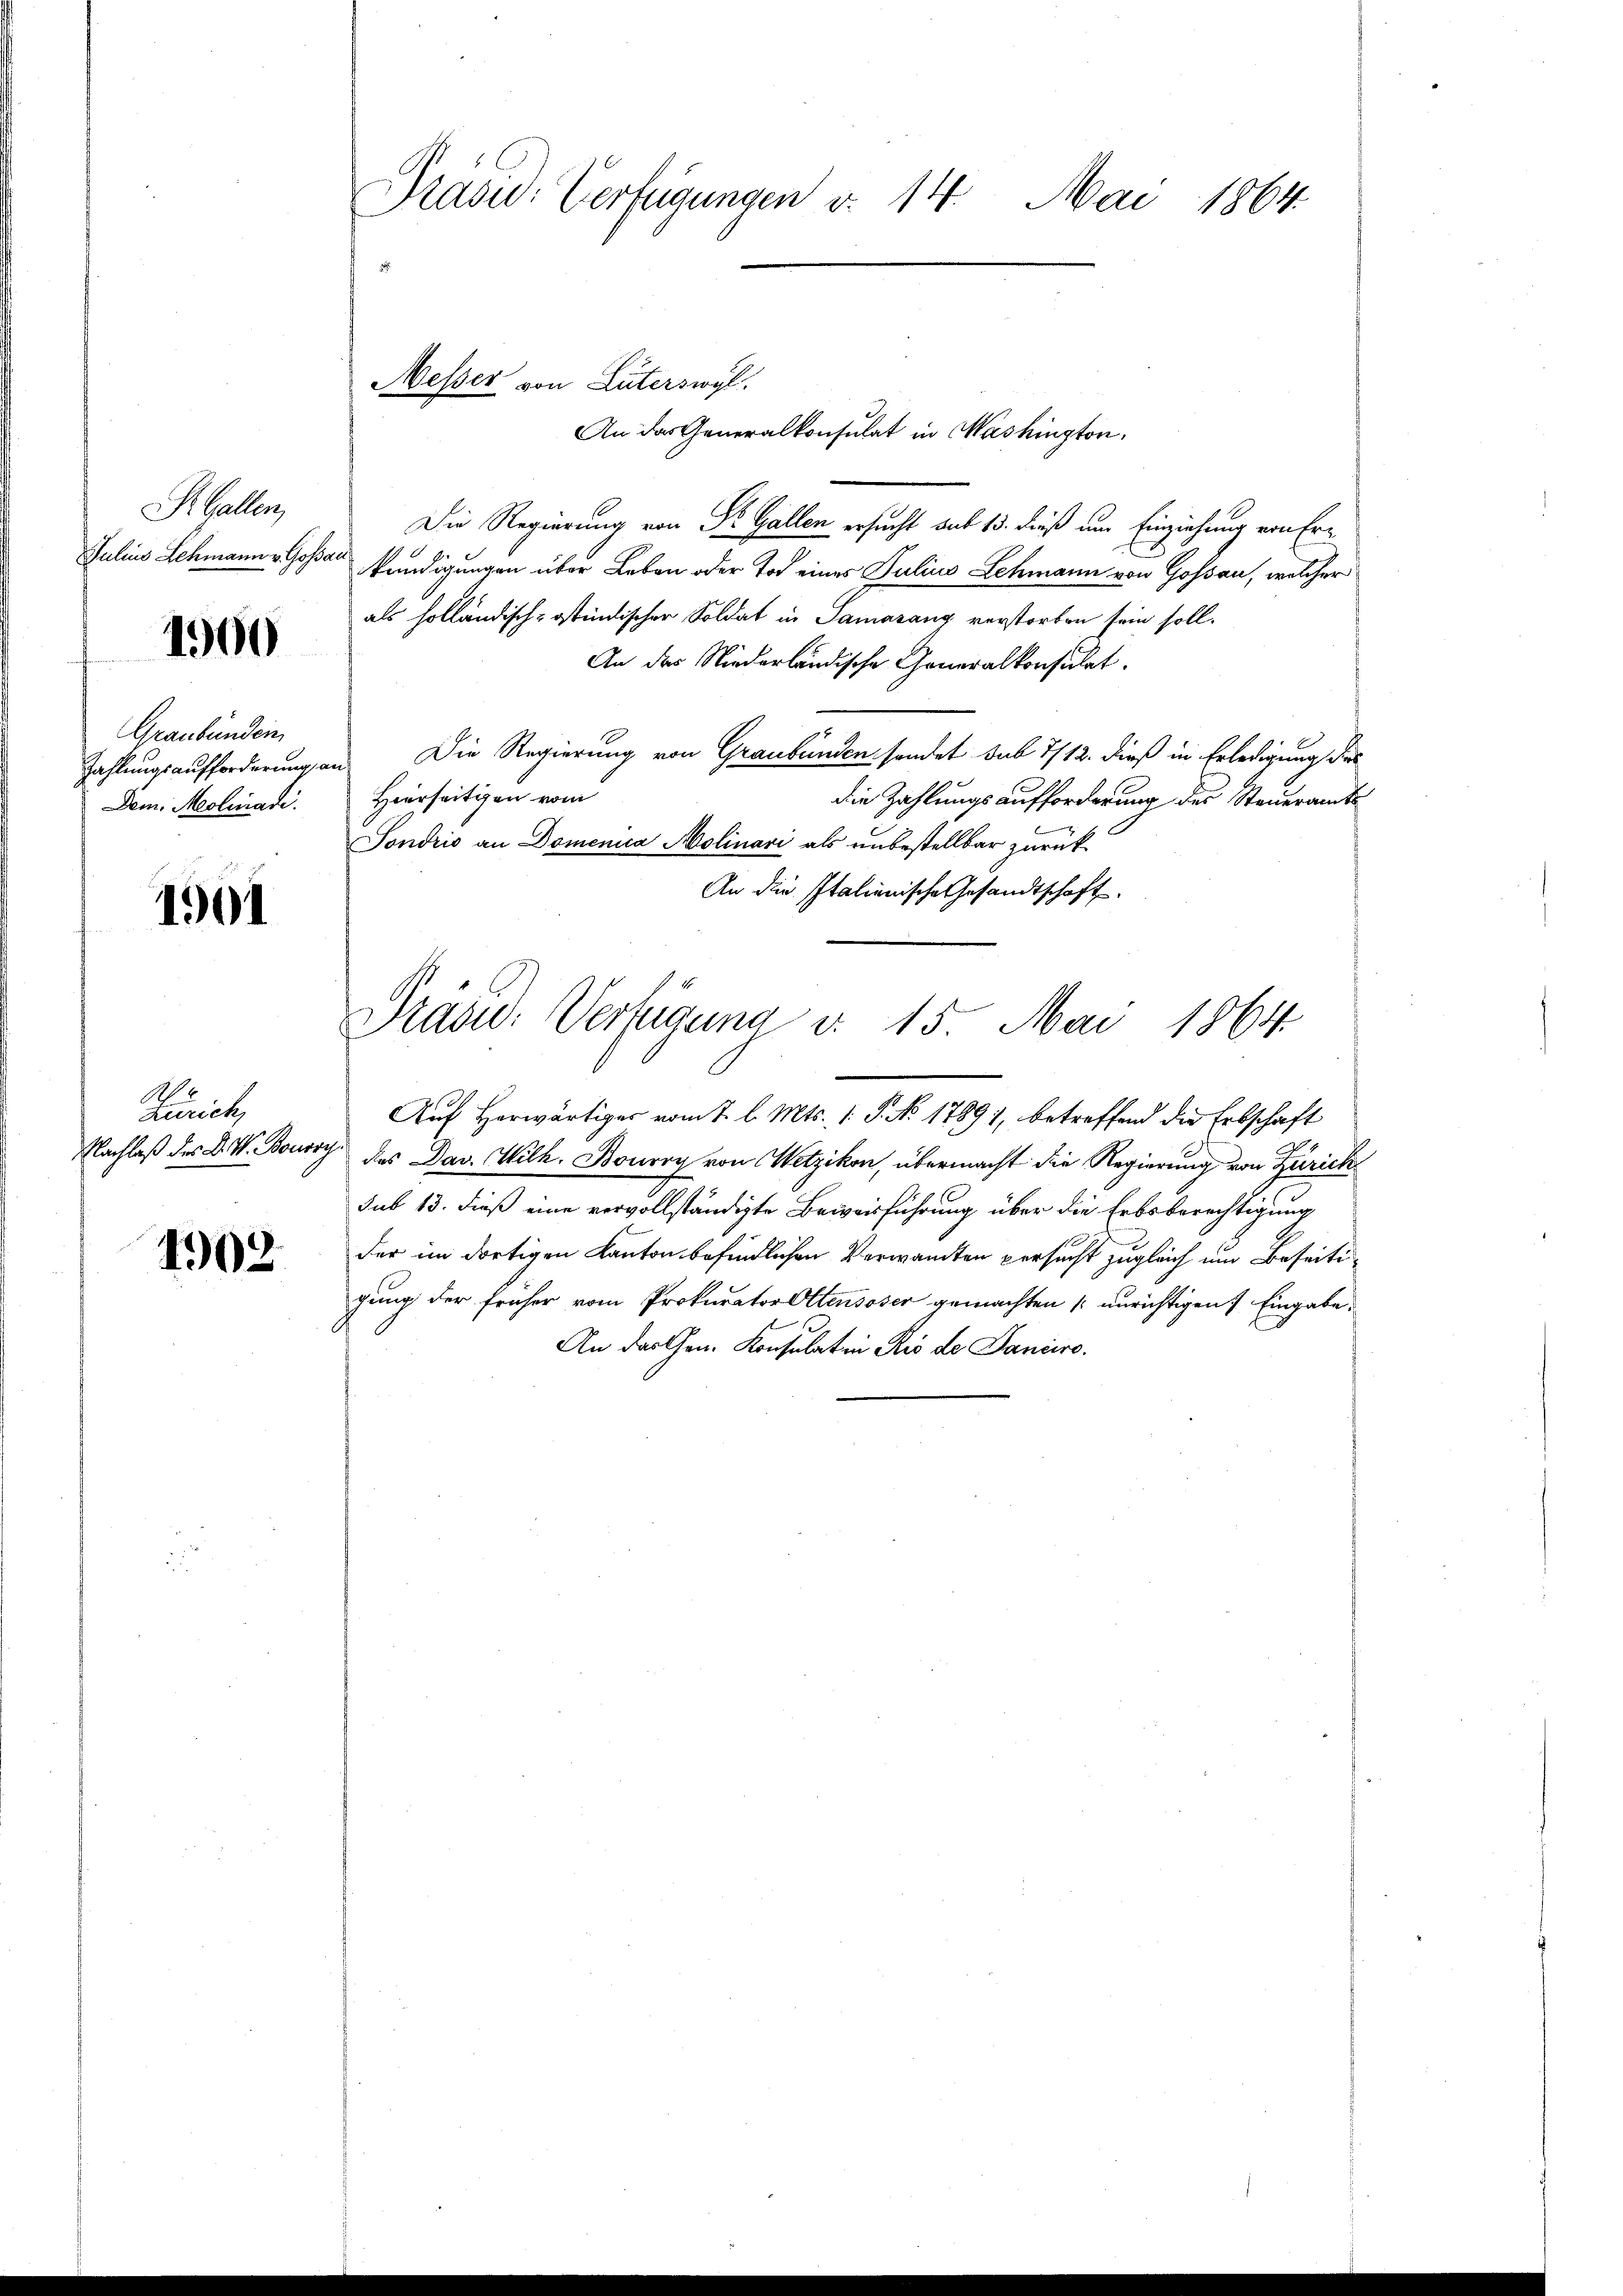
St. Gallen,
Julius Schmann v. Gossar

1900

Die Regierung von Dr. Gallen ersucht sub 15. dieß um Einziehung von Erkundigungen über Leben oder Tod eines Julius Lehmann von Gossau, welcher
als holländisch-ostindischer Soldat in Samarang verstorben sein soll.
An der Niederländische Generalkonsulat.
Zahlungsaufforderung an. Die Regierung von Graubünden sondet sub 7/12. dieß in Erledigung des
die Zahlungsaufforderung des Steueramts-
Dem Molinade. Hierseitigen vom
Sondrio an Domenica Aolinari als unbestellbar zurück-
An die Italienische Gesandtschaft.

Graubünden

1901

Zürich,
Nachlaß des D. W. Boudry

1902

Präsid. Verfügungen v. 14. Mai 1864.

Messer von Güterswyl.
An das Generalkonsulat in Washington,

Präsid. Verfügung v. 15. Mai 1864.

Auf Herwärtiges vom 2. l. Mts. 1. P. No 17891, betreffend die Erbschaft
das Dav. Wilh. Boury von Wetzikon, übermacht die Regierung von Zürich
sub 13. dieß eine vervollständigte Beweisführung über die Erbsberechtigung
der im dortigen Kanton befindlichen Verwandten persucht zugleich um Beseitigung der früher vom Prokurator Ottensoser gemachten unrichtigen Eingabe.
An das Gen. Konsulatin Rio de Daniere.